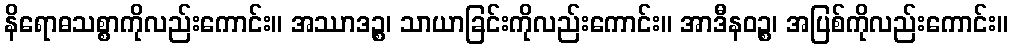
နိရောဓသစ္စာကိုလည်းကောင်း။ အဿာဒဉ္စ၊ သာယာခြင်းကိုလည်းကောင်း။ အာဒီနဝဉ္စ၊ အပြစ်ကိုလည်းကောင်း။